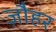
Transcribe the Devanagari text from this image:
ज़ौहर